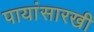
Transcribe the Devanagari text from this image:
पायांसारखी